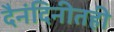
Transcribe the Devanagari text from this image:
दैनंदिनीतही